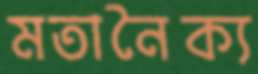
মতানৈক্য